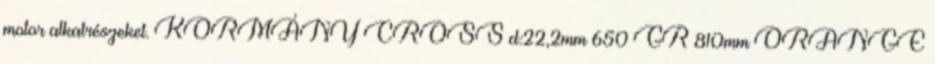
motor alkatrészeket. KORMÁNY CROSS d:22,2mm 650 GR 810mm ORANGE